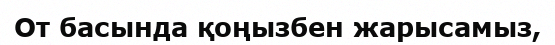
От басында қоңызбен жарысамыз,